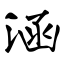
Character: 涵